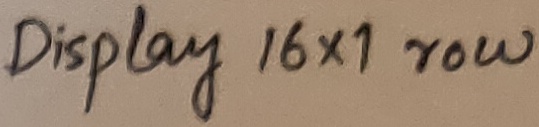
Text: Display 16x1 row